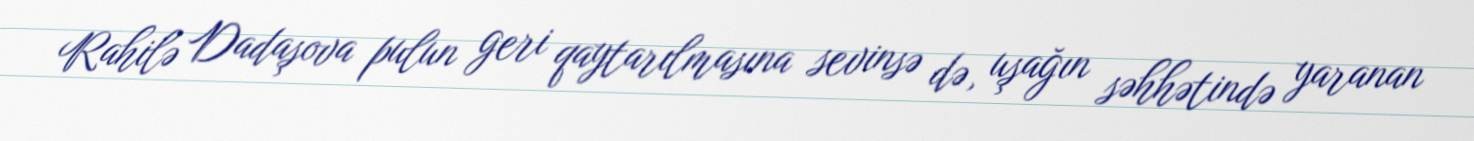
Rahilə Dadaşova pulun geri qaytarılmasına sevinsə də, uşağın səhhətində yaranan